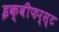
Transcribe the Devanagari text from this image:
इक्वीफर्स्ट